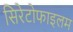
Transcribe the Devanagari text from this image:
सिरेटोफाइलम